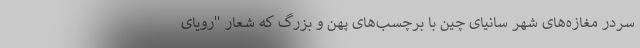
سردر مغازه‌های شهر سانیای چین با برچسب‌های پهن و بزرگ که شعار "رویای